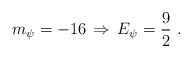
\begin{align*}m_\psi = -16 \, \Rightarrow \, E_\psi= \frac 9 2 ~.\end{align*}